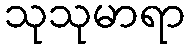
သုသုမာရာ